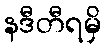
နဒီတီရမှိ